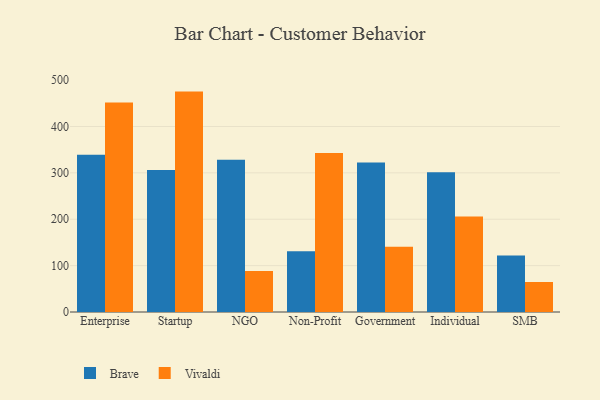
{"axis": {"x": "Segment", "y": "Churn Rate (%)"}, "legend": ["Brave", "Vivaldi"], "data": [{"x": "Enterprise", "y": 338.8, "type": "Brave"}, {"x": "Enterprise", "y": 451.7, "type": "Vivaldi"}, {"x": "Startup", "y": 305.9, "type": "Brave"}, {"x": "Startup", "y": 475.2, "type": "Vivaldi"}, {"x": "NGO", "y": 328.1, "type": "Brave"}, {"x": "NGO", "y": 88.5, "type": "Vivaldi"}, {"x": "Non-Profit", "y": 131.2, "type": "Brave"}, {"x": "Non-Profit", "y": 342.8, "type": "Vivaldi"}, {"x": "Government", "y": 322.3, "type": "Brave"}, {"x": "Government", "y": 140.8, "type": "Vivaldi"}, {"x": "Individual", "y": 301.1, "type": "Brave"}, {"x": "Individual", "y": 206.0, "type": "Vivaldi"}, {"x": "SMB", "y": 121.6, "type": "Brave"}, {"x": "SMB", "y": 64.7, "type": "Vivaldi"}]}